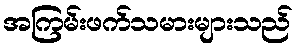
အကြမ်းဖက်သမားများသည်